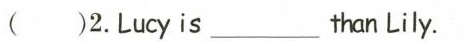
()2.Lucy is than___ Lily.